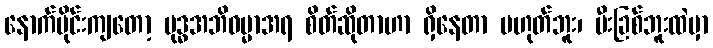
နောက်ပိုင်းကျတော့ ဗုဒ္ဓအဘိဓမ္မာအရ စိတ်ဆိုတာဟာ ရှိနေတာ မဟုတ်ဘူး၊ မီးခြစ်ဘူးထဲမှာ